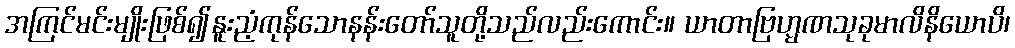
အကြင်မင်းမျိုးဖြစ်၍နူးညံ့ကုန်သောနန်းတော်သူတို့သည်လည်းကောင်း။ ယာတာဗြဟ္မဏသုခုမာလိနိယောပိ၊